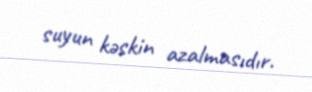
suyun kəskin azalmasıdır.